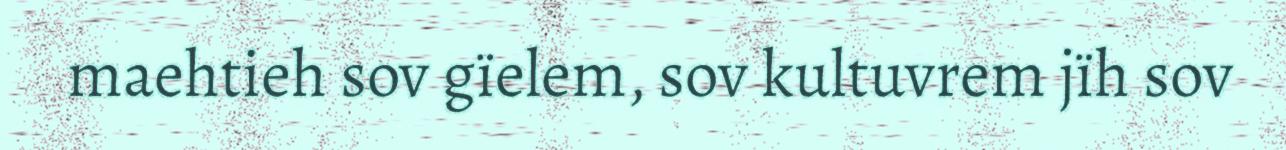
maehtieh sov gïelem, sov kultuvrem jïh sov